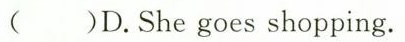
( )D. She goes shopping.